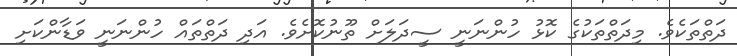
ދަތްތަކެވެ. މިދަތްތަކުގެ ކޮޅު ހުންނަނީ ސީދަލަށް ތޫނުކޮށެވެ. އަދި ދަތްތައް ހުންނަނީ ވަޑާންކަށި